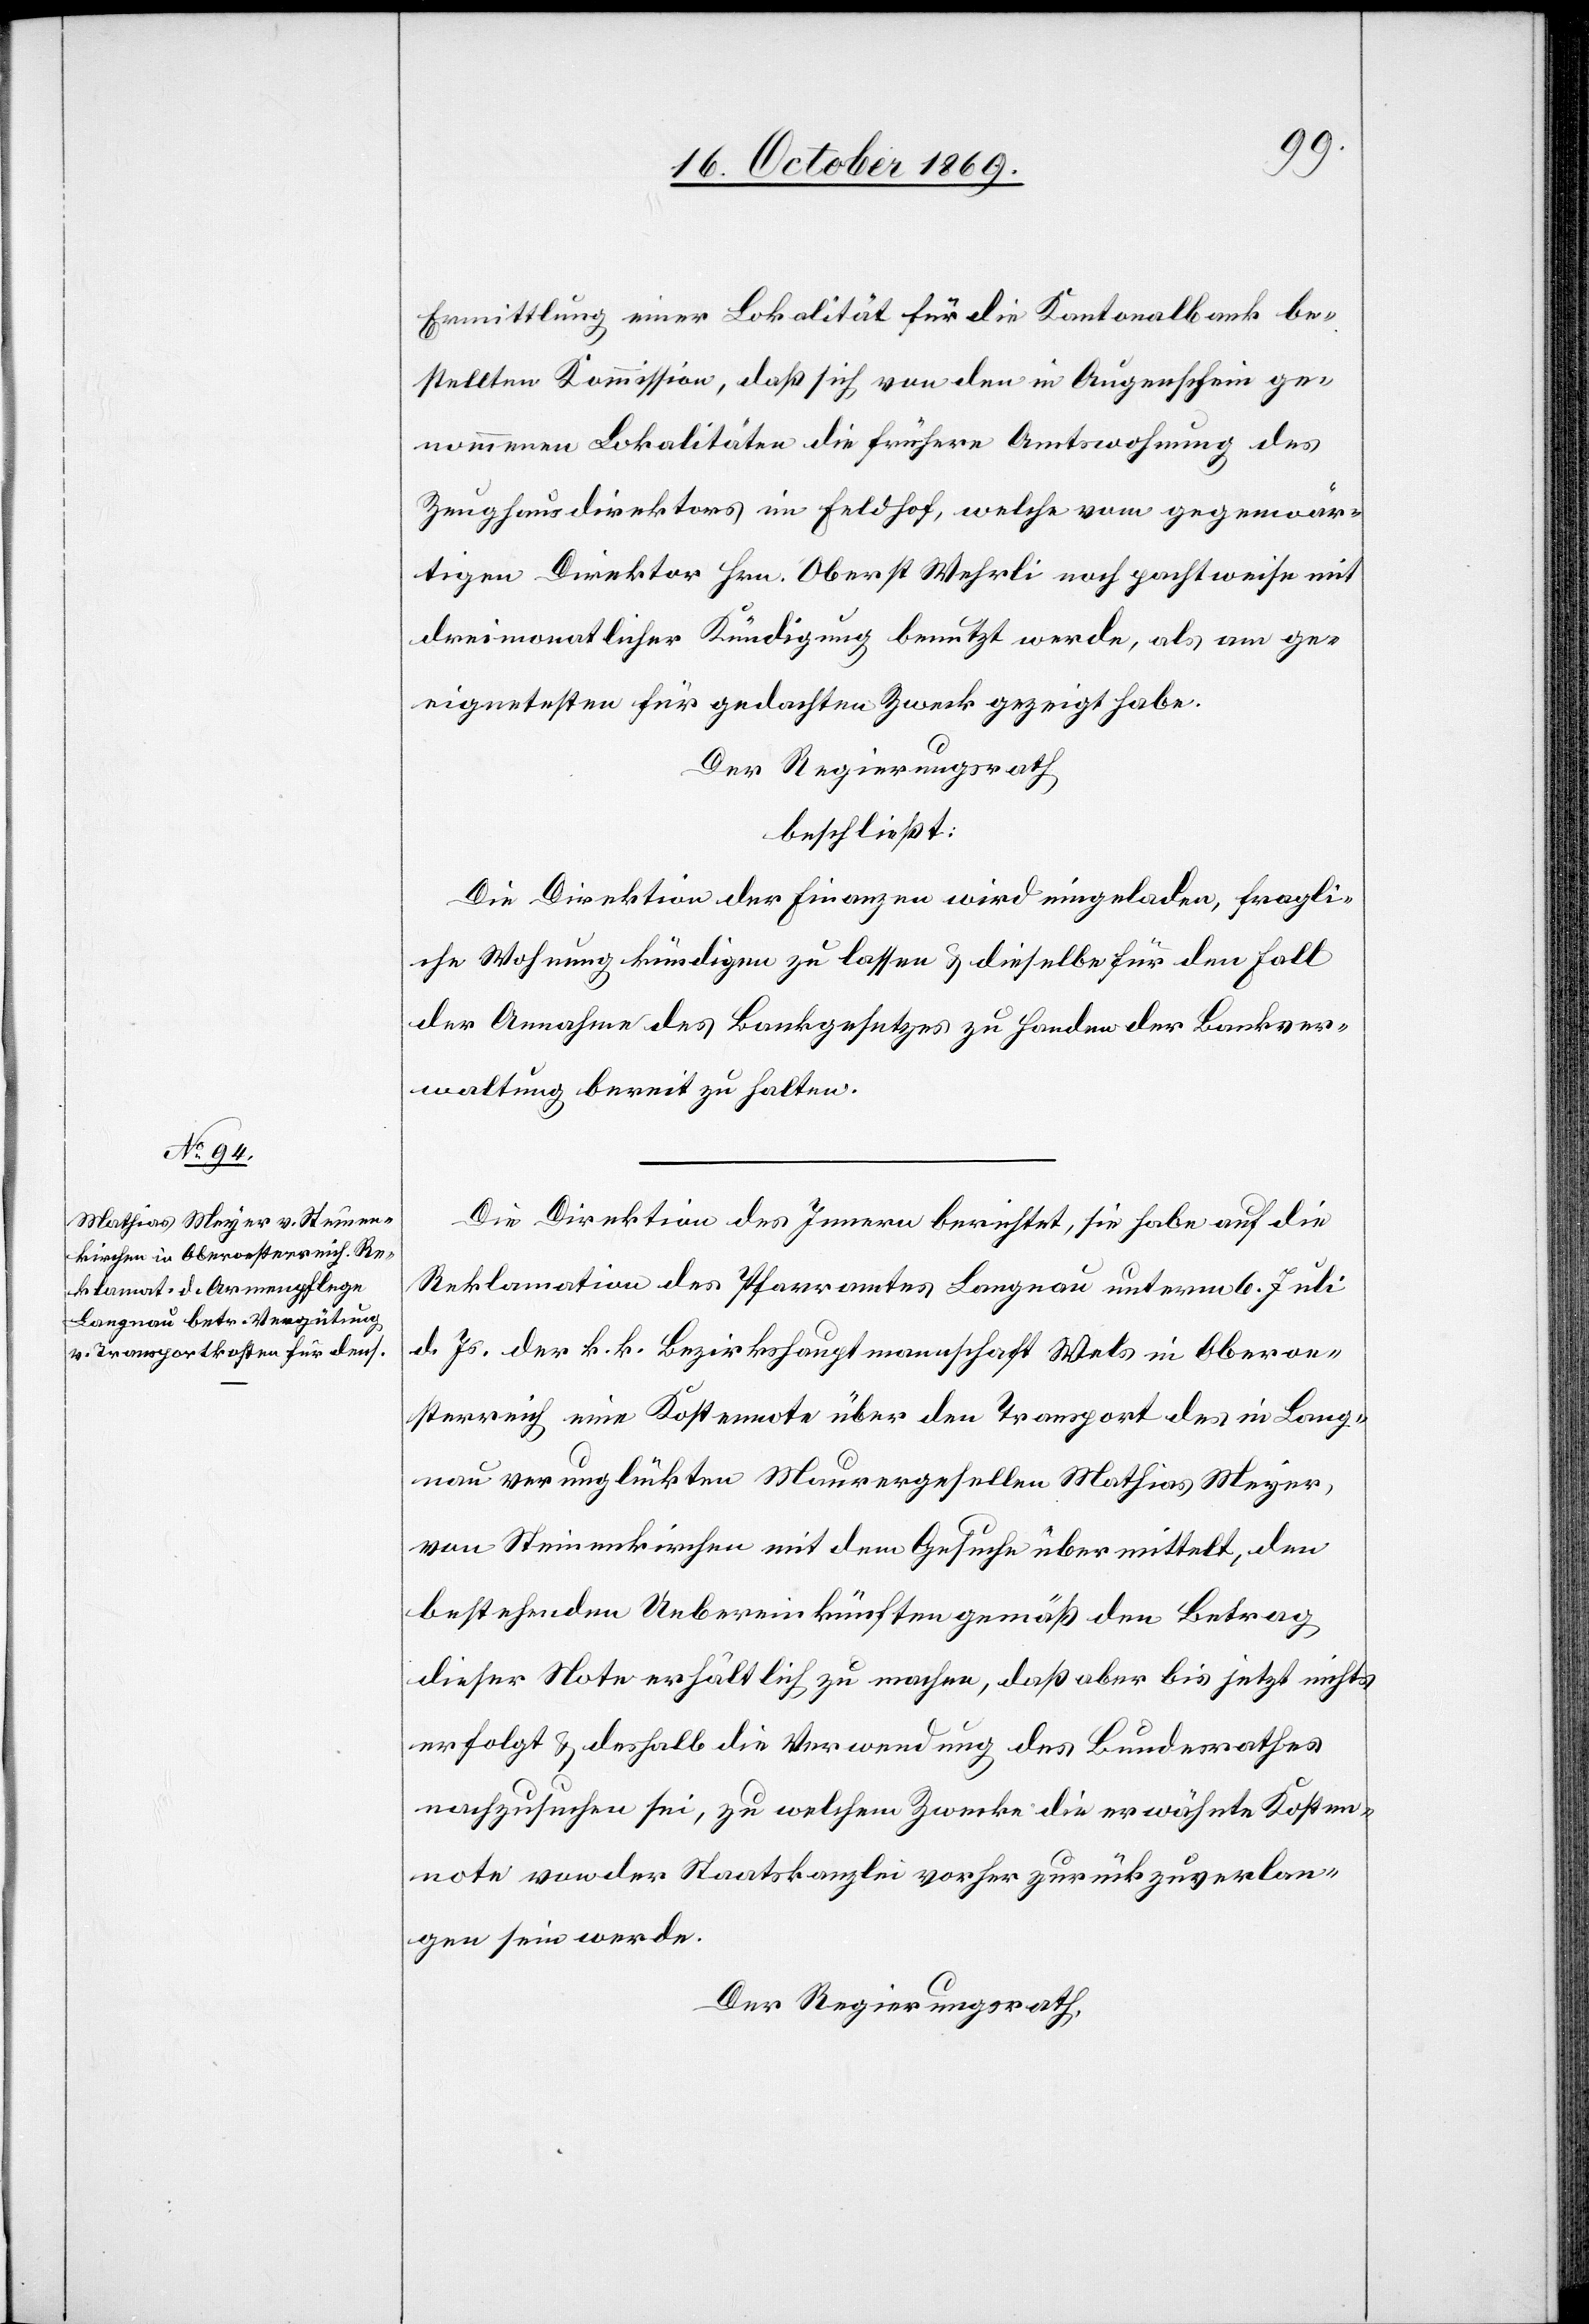
Ermittlung einer Lokalität für die Kantonalbank be¬
stellten Kommission, daß sich von den in Augenschein ge¬
nommenen Lokalitäten die frühere Amtswohnung des
Zeughausdirektors im Feldhof, welche vom gegenwär¬
tigen Direktor Hrn. Oberst Wehrli noch pachtweise mit
dreimonatlicher Kündigung benutzt werde, als am ge¬
eignetesten für gedachten Zweck gezeigt habe.
Der Regierungsrath
beschließt:
Die Direktion der Finanzen wird eingeladen, fragli¬
che Wohnung kündigen zu lassen & dieselbe für den Fall
der Annahme des Bankgesetzes zu Handen der Bankver¬
waltung bereit zu halten.
Die Direktion des Innern berichtet, sie habe auf die
Reklamation des Pfarramtes Langnau unterm 6. Juli
d. Js. der k. k. Bezirkshauptmannschaft Wels in Oberoe¬
sterreich eine Kostennote über den Transport des in Lang¬
nau verunglückten Maurergesellen Mathias Meyer,
von Steinenkirchen mit dem Gesuche übermittelt, den
bestehenden Uebereinkünften gemäß den Betrag
dieser Note erhältlich zu machen, daß aber bis jetzt nichts
erfolgt & deshalb die Verwendung des Bundesrathes
nachzusuchen sei, zu welchem Zwecke die erwähnte Kosten¬
note von der Staatskanzlei vorher zurückzuverlan¬
gen sein werde.
Der Regierungsrath,